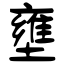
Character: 壅